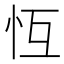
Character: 𢗝